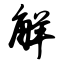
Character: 解